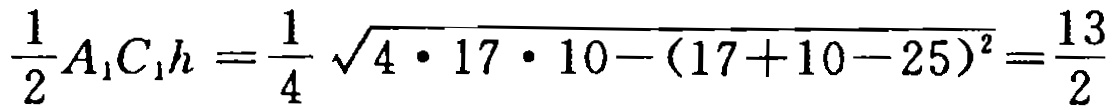
$\frac{1}{2}A_{1}C_{1}h=\frac{1}{4}\sqrt{4\cdot17\cdot10-(17 + 10 - 25)^{2}}=\frac{13}{2}$